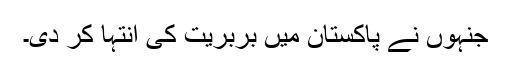
جنہوں نے پاکستان میں بربریت کی انتہا کر دی۔